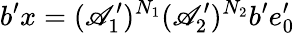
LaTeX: b^{\prime}x=(\mathscr{A}_{1}^{\prime})^{N_{1}}(\mathscr{A}_{2}^{\prime})^{N_{2}}b^{\prime}e_{0}^{\prime}